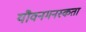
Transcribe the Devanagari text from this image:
यौवनमनस्कता